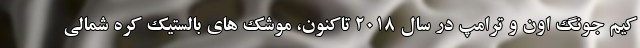
کیم جونگ اون و ترامپ در سال 2018 تاکنون، موشک های بالستیک کره شمالی